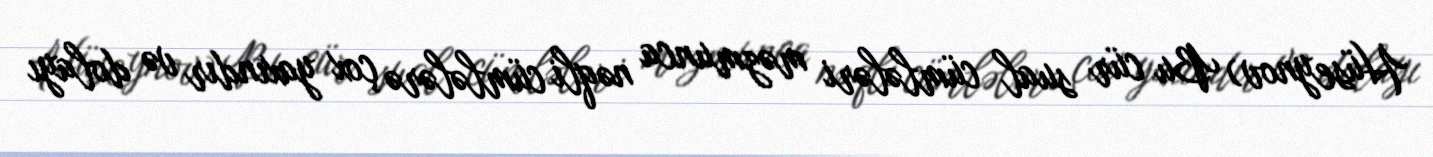
Hüseynov) Bu cür sual cümlələri məzmunca nəqli cümlələrə çox yaxındır və dolayı